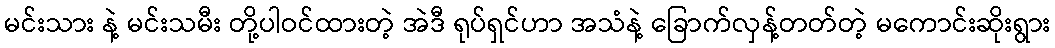
မင်းသား နဲ့ မင်းသမီး တို့ပါဝင်ထားတဲ့ အဲဒီ ရုပ်ရှင်ဟာ အသံနဲ့ ခြောက်လှန့်တတ်တဲ့ မကောင်းဆိုးရွား